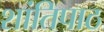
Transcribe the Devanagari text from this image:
शांतिपाठ